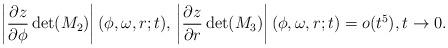
LaTeX: \begin{align*} \left|\frac{\partial z}{\partial \phi} \det(M_2) \right|(\phi,\omega,r;t), \, \left| \frac{\partial z}{\partial r} \det(M_3)\right|(\phi,\omega,r;t) = o(t^5), t \to 0. \end{align*}